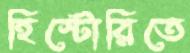
হিস্টোরিতে